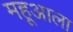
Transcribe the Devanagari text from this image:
महूआला